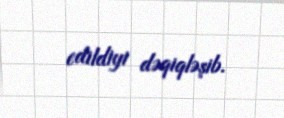
edildiyi dəqiqləşib.